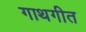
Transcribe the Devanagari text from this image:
गाथगीत